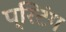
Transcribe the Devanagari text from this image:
प्रिटंग